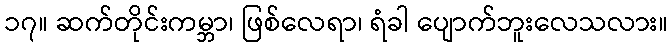
၁၇။ ဆက်တိုင်းကမ္ဘာ၊ ဖြစ်လေရာ၊ ရံခါ ပျောက်ဘူးလေသလား။